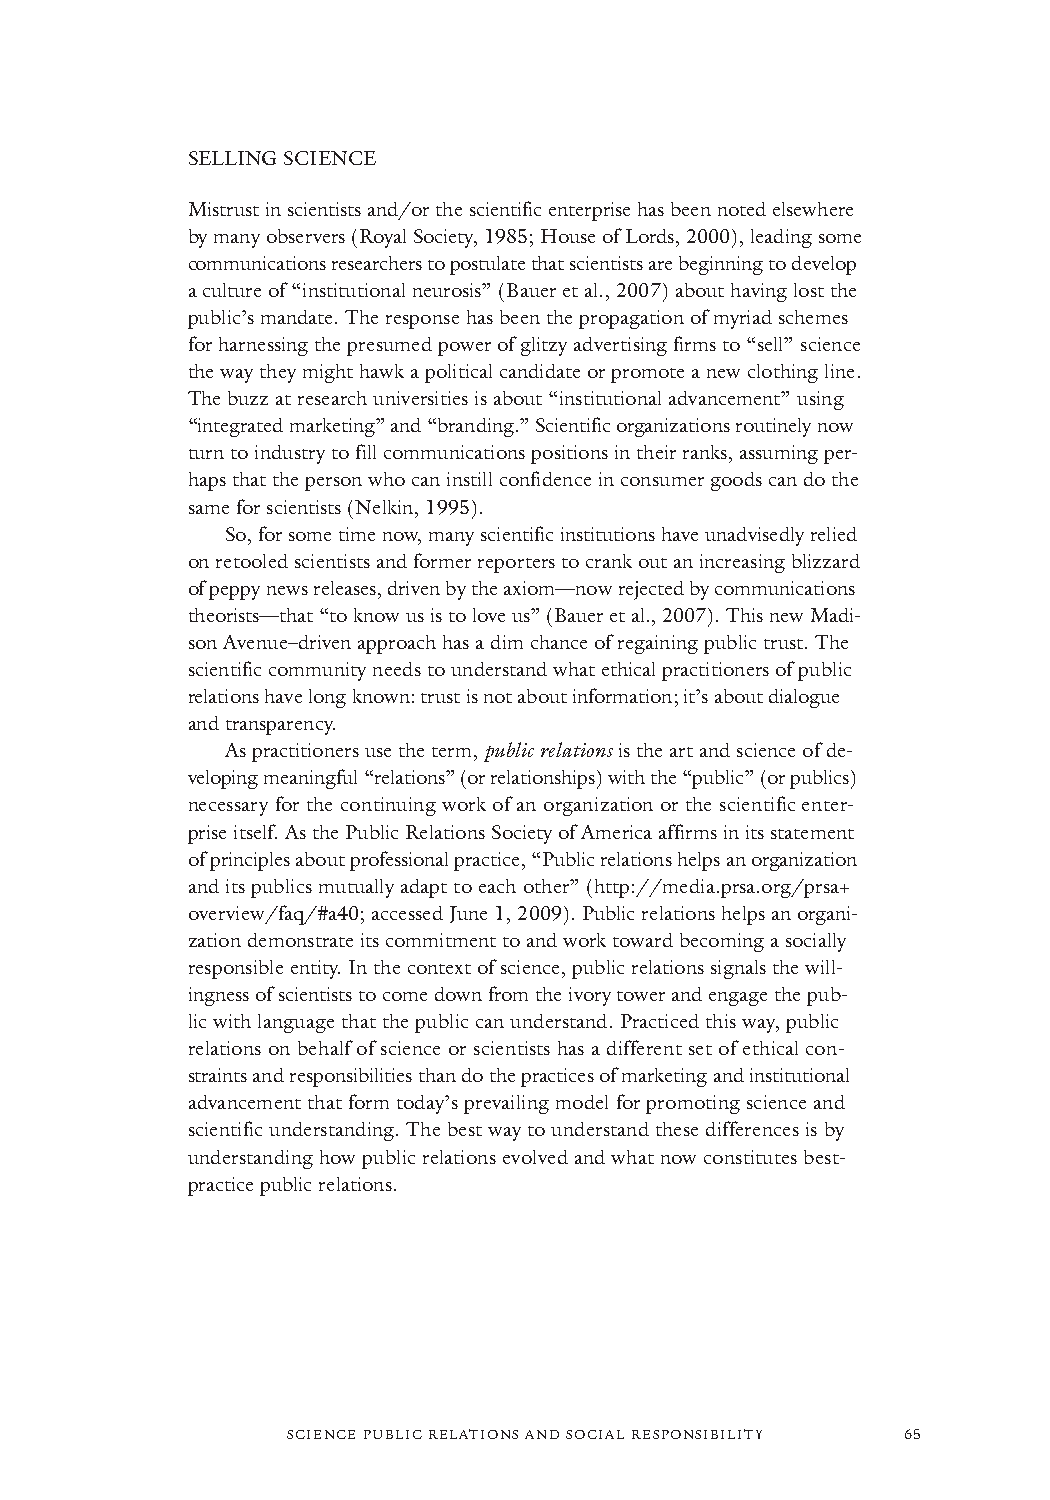
SELLING SCIENCE
 Mistrust in scientists and/or the scientific enterprise has been noted elsewhere
 by many observers (Royal Society, 1985; House of Lords, 2000), leading some
 communications researchers to postulate that scientists are beginning to develop
 a culture of “institutional neurosis” (Bauer et al., 2007) about having lost the
 public’s mandate. The response has been the propagation of myriad schemes
 for harnessing the presumed power of glitzy advertising firms to “sell” science
 the way they might hawk a political candidate or promote a new clothing line.
 The buzz at research universities is about “institutional advancement” using
 “integrated marketing” and “branding.” Scientific organizations routinely now
 turn to industry to fill communications positions in their ranks, assuming per-
 haps that the person who can instill confidence in consumer goods can do the
 same for scientists (Nelkin, 1995).
 So, for some time now, many scientific institutions have unadvisedly relied
 on retooled scientists and former reporters to crank out an increasing blizzard
 of peppy news releases, driven by the axiom—now rejected by communications
 theorists—that “to know us is to love us” (Bauer et al., 2007). This new Madi-
 sonAvenue–driven approach has a dim chance of regaining public trust. The
 scientific community needs to understand what ethical practitioners of public
 relations have long known: trust is not about information; it’s about dialogue
 and transparency.
 As practitioners use the term, public relationsis the art and science of de-
 veloping meaningful “relations” (or relationships) with the “public” (or publics)
 necessary for the continuing work of an organization or the scientific enter-
 prise itself. As the Public Relations Society of America affirms in its statement
 of principles about professional practice, “Public relations helps an organization
 and its publics mutually adapt to each other”(http://media.prsa.org/prsa+
 overview/faq/#a40; accessed June 1, 2009). Public relations helps an organi-
 zation demonstrate its commitment to and work toward becoming a socially
 responsible entity. In the context of science, public relations signals the will-
 ingness of scientists to come down from the ivory tower and engage the pub-
 lic with language that the public can understand. Practiced this way, public
 relations on behalf of science or scientists has a different set of ethical con-
 straints and responsibilities than do the practices of marketing and institutional
 advancement that form today’s prevailing model for promoting science and
 scientific understanding. The best way to understand these differences is by
 understanding how public relations evolved and what now constitutes best-
 practice public relations.
 SCIENCE PUBLIC RELATIONS AND SOCIAL RESPONSIBILITY 65